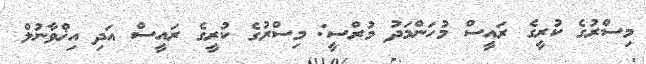
މިސްރުގެ ކުރީގެ ރައީސް މުހަންމަދު މުރްސީ: މިސްރުގެ ކުރީގެ ރައީސް އަދި އިޚްވާނުލް